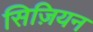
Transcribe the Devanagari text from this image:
सिज़ियन